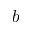
b